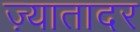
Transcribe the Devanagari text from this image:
ज़्यातादर